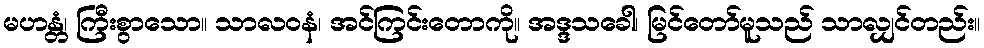
မဟန္တံ၊ ကြီးစွာသော။ သာလဝနံ၊ အင်ကြင်းတောကို။ အဒ္ဒသခေါ၊ မြင်တော်မူသည် သာလျှင်တည်း။